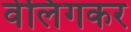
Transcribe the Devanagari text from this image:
वेलिंगकर